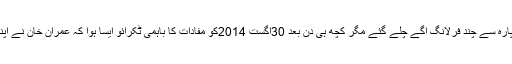
دوست نے دوست کی بات مان لی اور یوں عمران خان آبپارہ سے چند فرلانگ آگے چلے گئے مگر کچھ ہی دن بعد 30اگست 2014کو مفادات کا باہمی ٹکرائو ایسا ہوا کہ عمران خان نے اپنے دوست چوہدری نثار کے ساتھBluff Card کھیل دیا۔